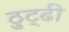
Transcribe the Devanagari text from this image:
ठुट्ढी